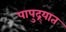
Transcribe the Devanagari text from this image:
पापुद्र्यात